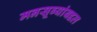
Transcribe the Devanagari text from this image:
मनसूब्यांबद्दल